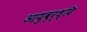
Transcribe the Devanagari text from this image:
आयुवृर्ध्दि